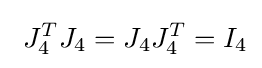
\ J_{4}^{T}J_{4}=J_{4}J_{4}^{T}=I_{4}